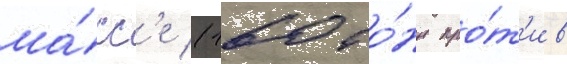
ма́сс'е (160 то́нн про́т'ив